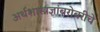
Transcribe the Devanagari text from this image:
अर्थशास्त्रज्ञांबरोबरीचे